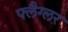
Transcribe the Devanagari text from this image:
फ्लैग्लर